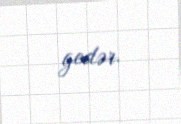
gedər.